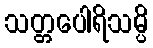
သတ္တပေါရိသမ္ပိ